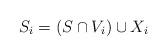
LaTeX: \begin{align*}S_i = (S \cap V_i) \cup X_i\end{align*}